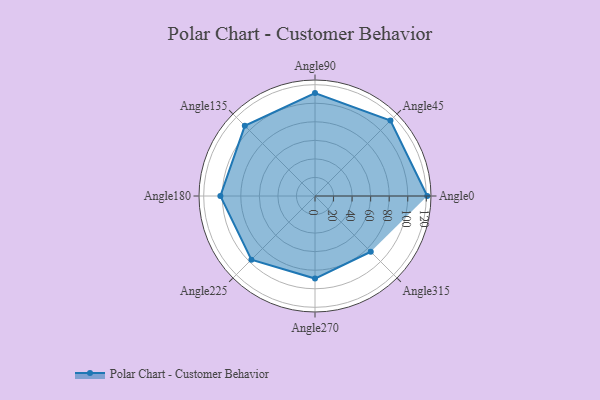
{"axis": {"x": "Angle", "y": "Radius"}, "legend": [""], "data": [{"x": "Angle0", "y": 121.0, "type": ""}, {"x": "Angle45", "y": 115.0, "type": ""}, {"x": "Angle90", "y": 111.0, "type": ""}, {"x": "Angle135", "y": 107.0, "type": ""}, {"x": "Angle180", "y": 102.0, "type": ""}, {"x": "Angle225", "y": 97.0, "type": ""}, {"x": "Angle270", "y": 89.0, "type": ""}, {"x": "Angle315", "y": 85.0, "type": ""}]}